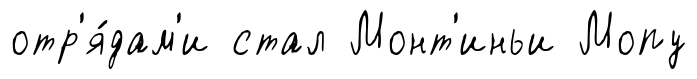
отр'я́дам'и стал Монт'иньи Мопу